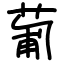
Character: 葡